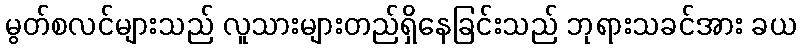
မွတ်စလင်များသည် လူသားများတည်ရှိနေခြင်းသည် ဘုရားသခင်အား ခယ